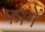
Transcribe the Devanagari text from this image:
फागें